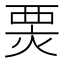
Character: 𤊆